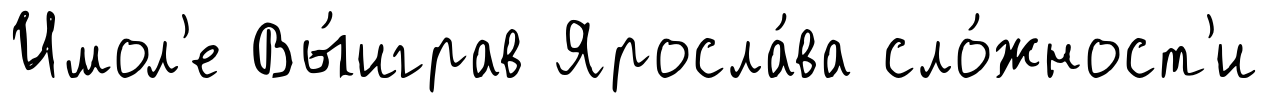
Имол'е Вы́играв Яросла́ва сло́жност'и